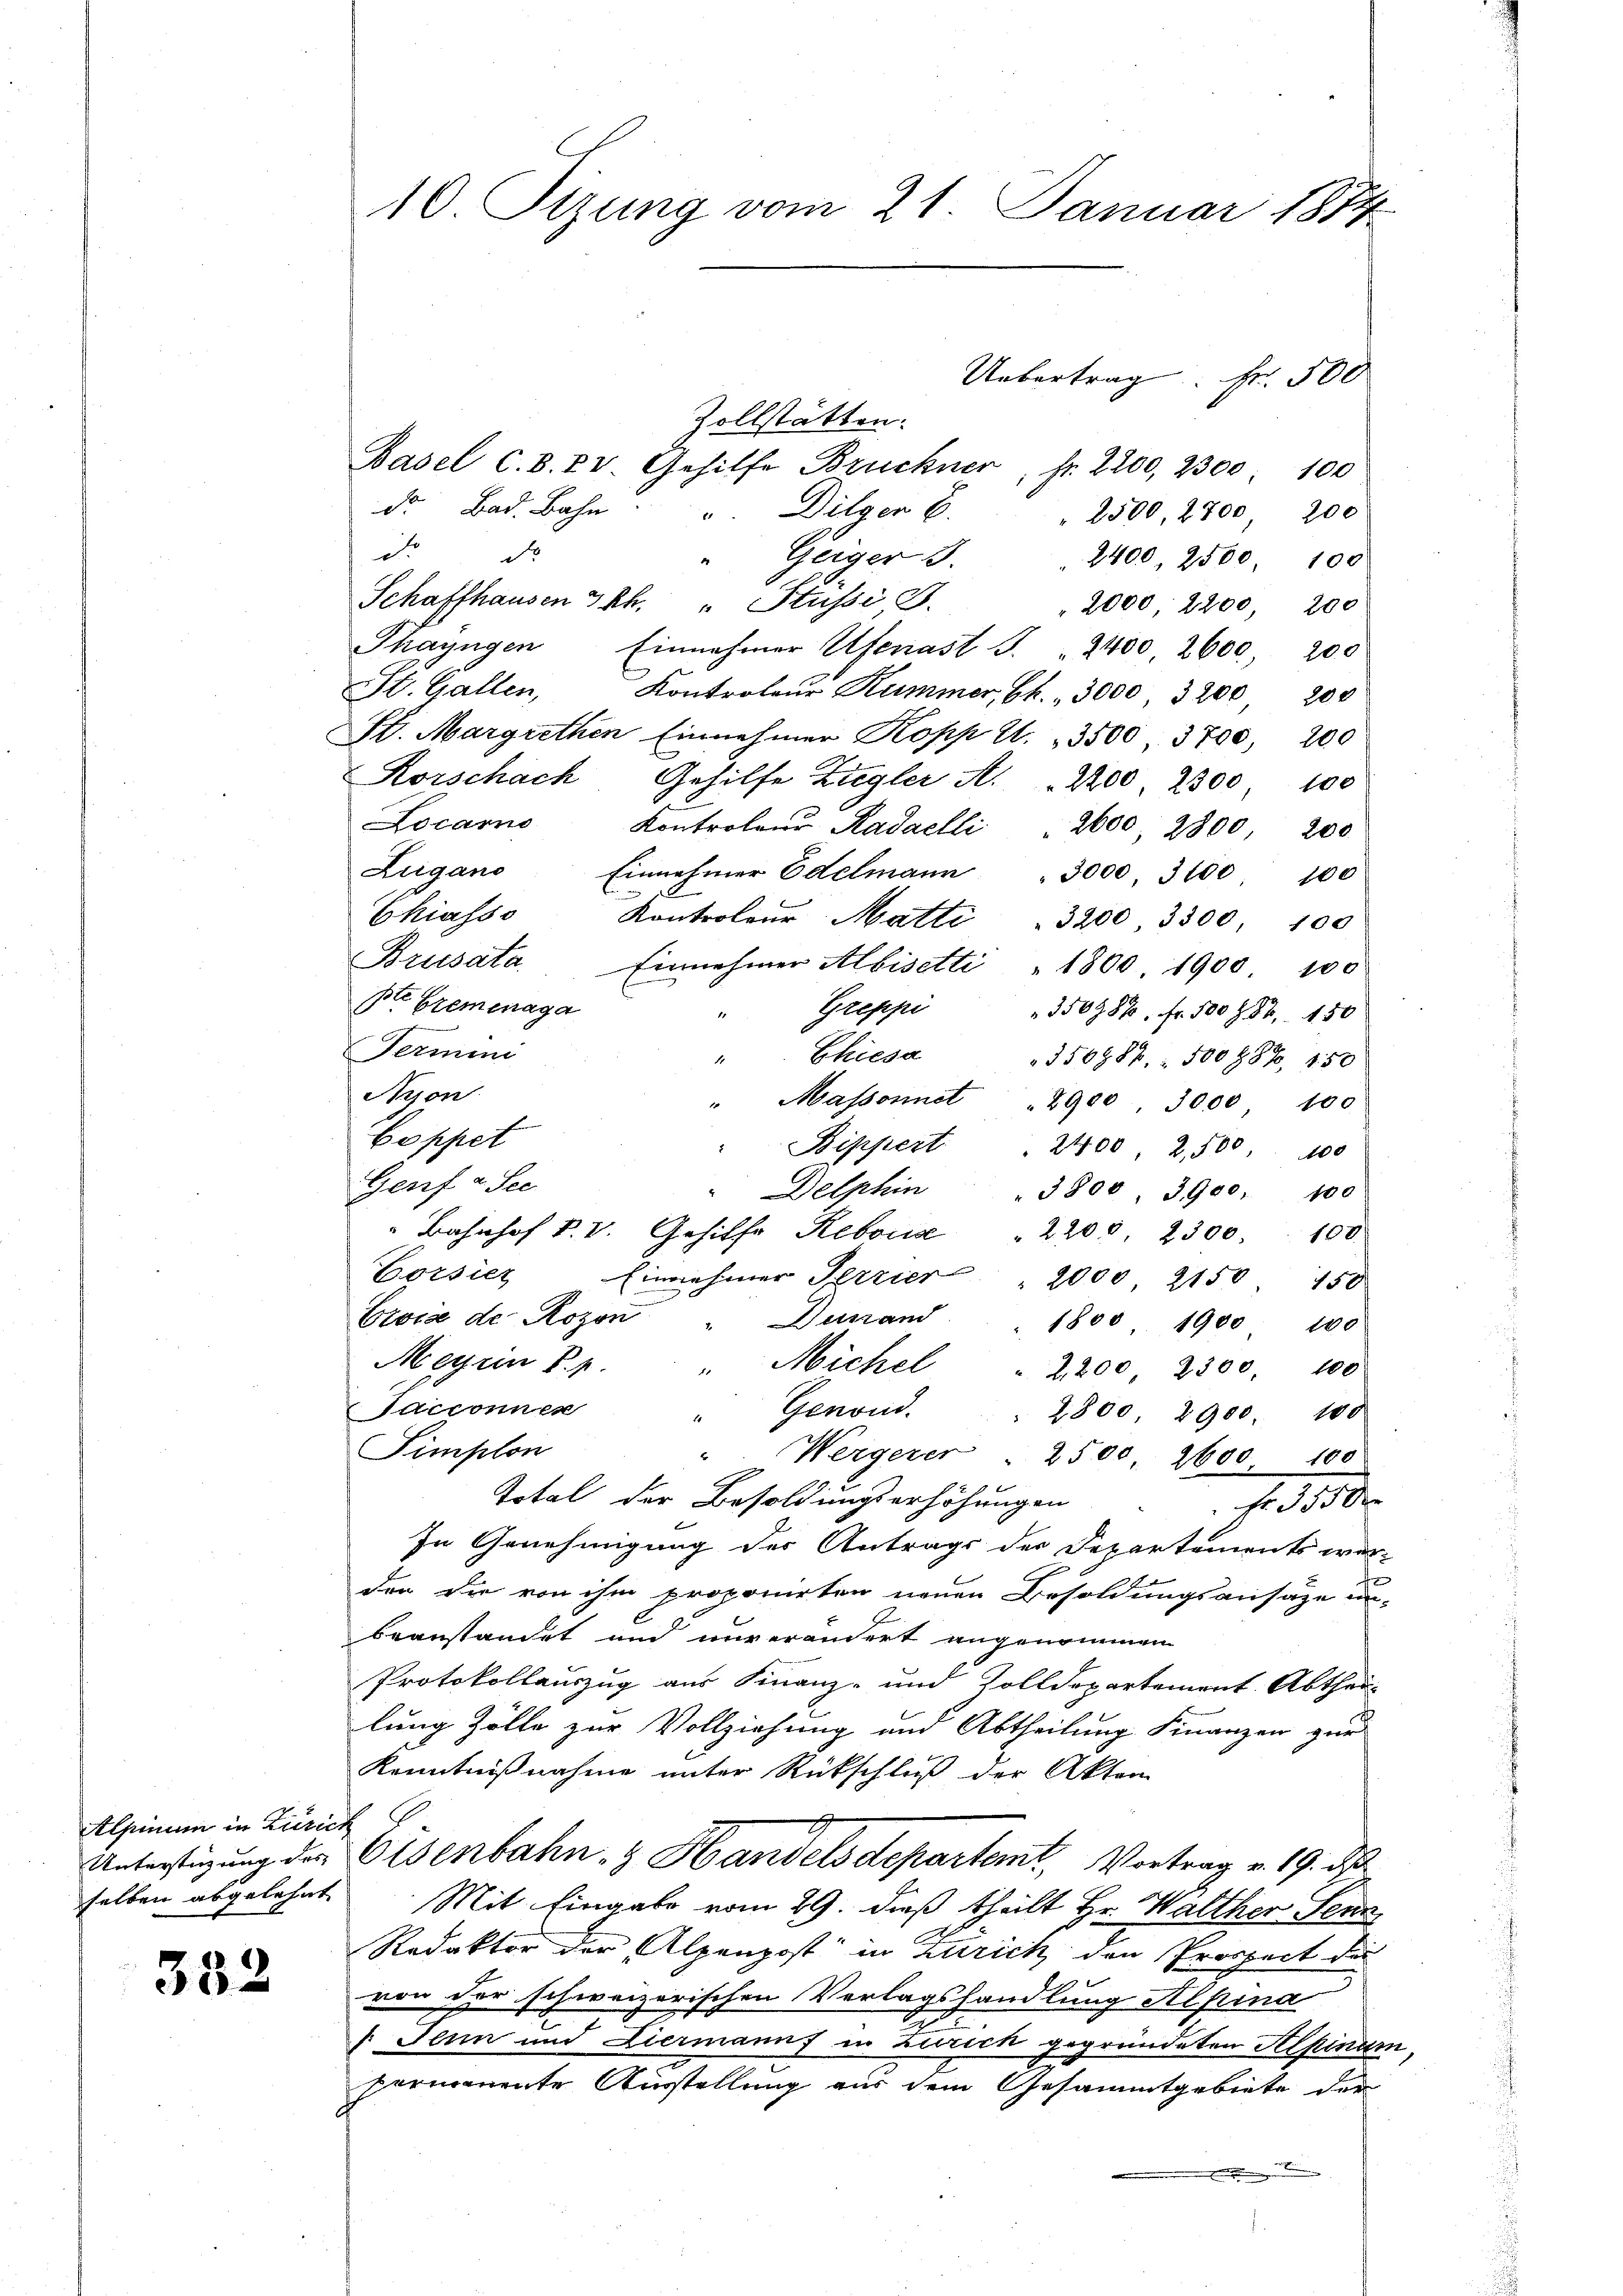
Alpinum in Zürich

332

Zollstätten.
Basel c. d. 2 v. Gehilfe Bruckner, Fr. 2200, 2300. 100
d. Bad. Bahn. " Dilger 6. 2500, 2700, 200
d. d
Geiger 3.
2400, 2500, 100
Schaffhausen 3 kk. " Stüssi S.
2000, 2200, 200
Thayngen Einnahmer Ufenast J. " 2400, 2600, 200
St. Gallen,
Kontroleur Kummer, Ch. " 3000, 3200, 200
S. Margrethen Einnehmer Kopp u. 3500, 3700, 200
Korschach Gehilfe Zugler A. 2200, 2300 100
Locarno Kontroler Kadaelli 2600 2800, 200
Zugano Einnehmer Edelmann " 3000. 3100 100
Chiasso
Kontroleur Matti . 3200 3300. 100
Brüsata. Einnahmer Albisetti "1800. 1900 100
pte Bremenaga
Greppi
350988. Fr. 500 f. 86, 150
Fermini
"Chiesa
350988. 500 887, 150
ion
" Massonnet " 2900, 3000 100
Coppet
Bippert
2400, 2,500. 100
Genf a. See
Delphin
3800 3900. 100
Bahnhof P. V. Gehilfe Rebouise
" 2200 2300. 100
Corsier Einnehmer Terrier 2000 2150 450
Ervia de Rozon " Dunand
1800 1900 100
Meyrin P. 1. " Michel
2,200, 2300. 100
Tacconnen
" Genoud.
2800 2900. 100
Simplon
". Wergerer . 2500. 2600 100
Total der Besoldŭngserhöhŭngen Fr. 35000
In Genehmigung des Antrags der Departements wer-
den die von ihm proponirten neuen Besoldungsansätze un-
beanstandet und unverändert angenommen
Protokollauszug aus Finanz- und Zolldepartement. Abthei-
lung Zölle zur Vollziehung und Abtheilung Finanzen zur
Kenntnißnahme unter Rückschluß der Akten
Unterstützung der Eisenbahn- & Handels departemt, Vortrag v. 19. ds
selben abgelehnt. Mit Eingabe vom 29. dieß theilt Hr. Walther Senn
Redaktor der Alpenpost in Zürich den Prospect die
von der schweizerischen Verlagshandlung Alpina
Jann und Liermanns in Zürich gegründeten Alpinum,
permanente Ausstellung aus dem Gesammtgebiete der
.

10 Tizung vom 21. Januar 1874

Uebertrag. Fr. 500